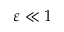
\varepsilon \ll 1